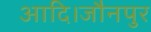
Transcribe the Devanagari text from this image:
आदि।जौनपुर